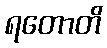
ရတောတိ